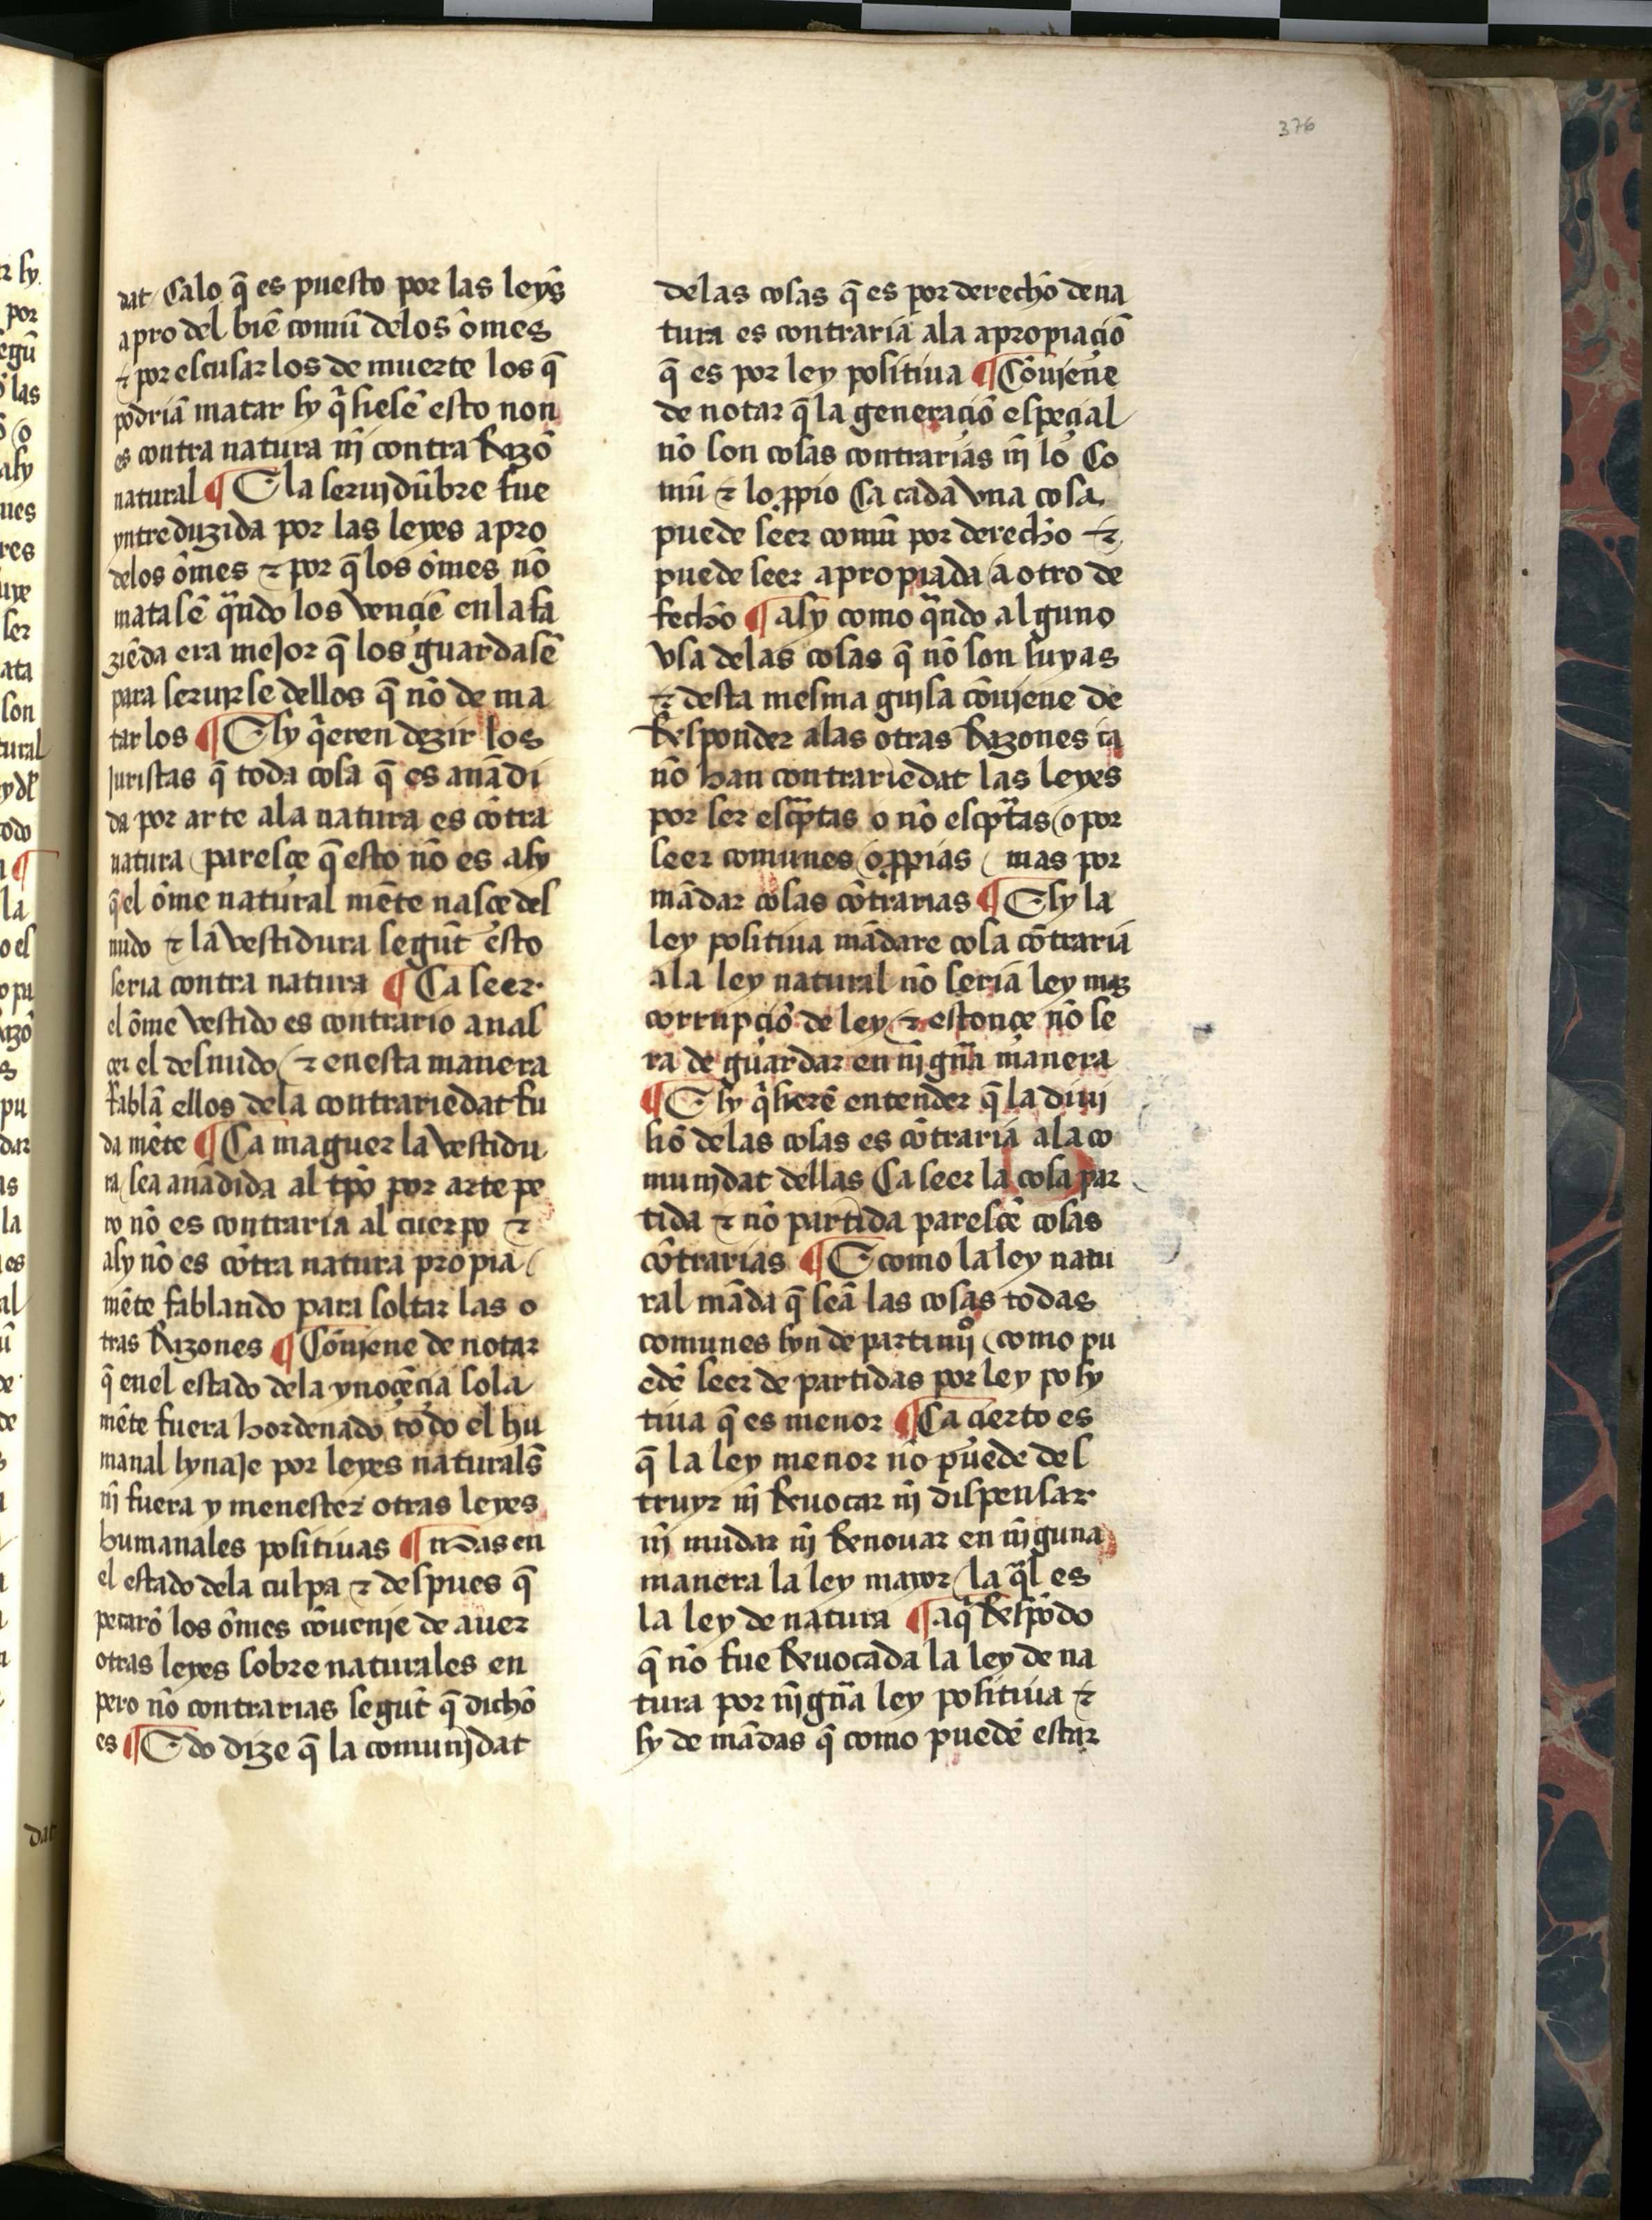
Shelfmark: Salamanca, Biblioteca Histórica USAL, 2709
Century: 15